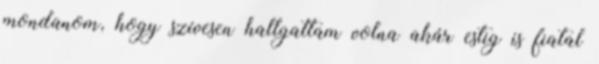
mondanom, hogy szívesen hallgattam volna akár estig is fiatal